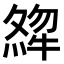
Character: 𤚶